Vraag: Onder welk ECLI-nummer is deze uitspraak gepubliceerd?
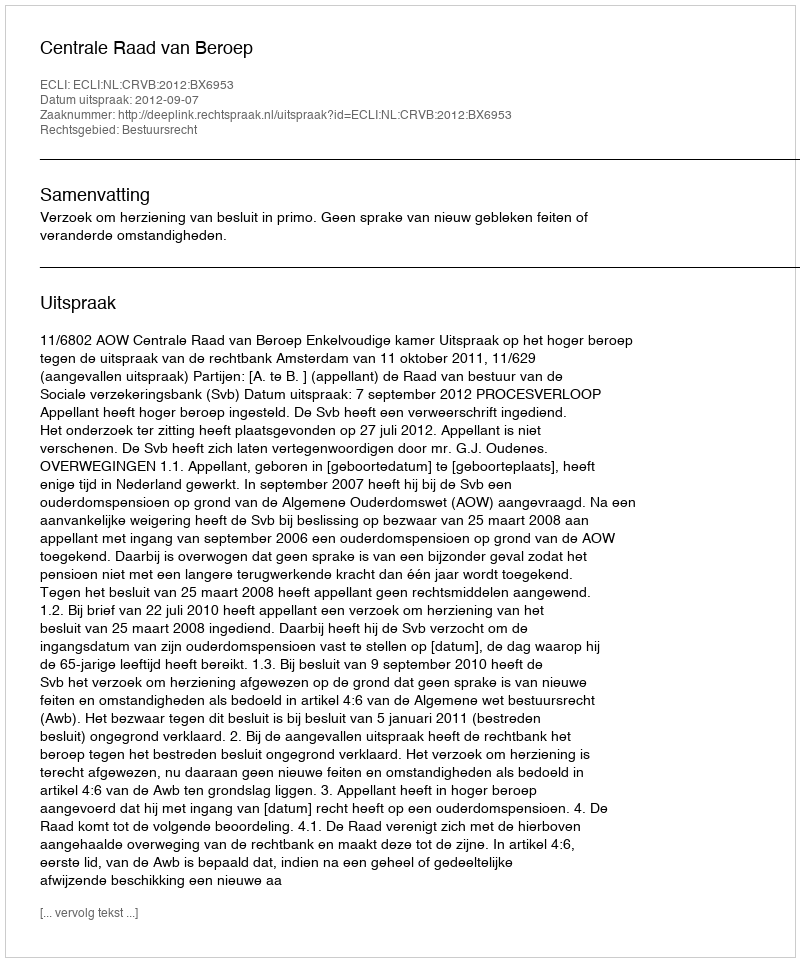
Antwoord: ECLI:NL:CRVB:2012:BX6953